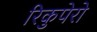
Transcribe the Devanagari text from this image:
रिकुपेरो